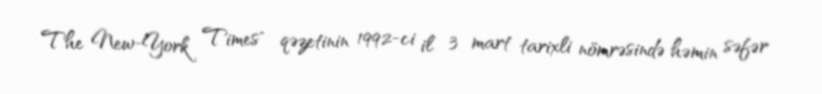
The New-York Times" qəzetinin 1992-ci il 3 mart tarixli nömrəsində həmin səfər